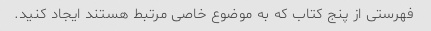
فهرستی از پنج کتاب که به موضوع خاصی مرتبط هستند ایجاد کنید.